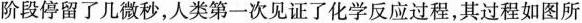
阶段停留了几微秒，人类第一次见证了化学反应过程，其过程如图所